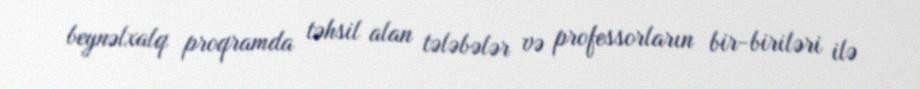
beynəlxalq proqramda təhsil alan tələbələr və professorların bir-biriləri ilə